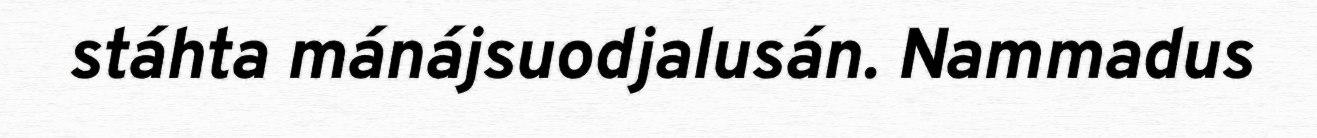
stáhta mánájsuodjalusán. Nammadus